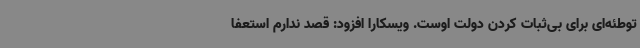
توطئه‌ای برای بی‌ثبات کردن دولت اوست. ویسکارا افزود: قصد ندارم استعفا